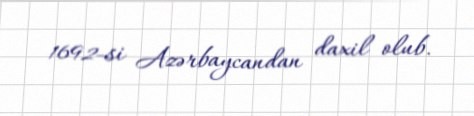
1692-si Azərbaycandan daxil olub.